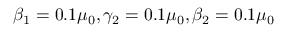
\beta _ { 1 } = 0 . 1 \mu _ { 0 } , \gamma _ { 2 } = 0 . 1 \mu _ { 0 } , \beta _ { 2 } = 0 . 1 \mu _ { 0 }